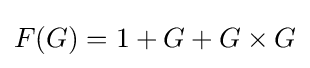
F(G)=1+G+G\times G